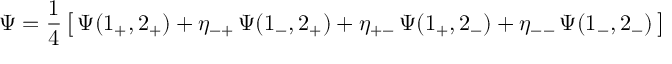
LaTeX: \Psi = { \frac { 1 } { 4 } } \, \bigl [ \, \Psi ( 1 _ { + } , 2 _ { + } ) + \eta _ { - + } \, \Psi ( 1 _ { - } , 2 _ { + } ) + \eta _ { + - } \, \Psi ( 1 _ { + } , 2 _ { - } ) + \eta _ { -- } \, \Psi ( 1 _ { - } , 2 _ { - } ) \, \bigr ]